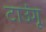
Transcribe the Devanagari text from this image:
टाउंगू